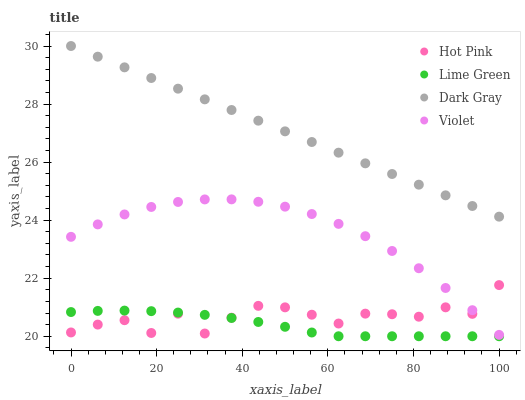
| xaxis_label | Hot Pink | Lime Green | Dark Gray | Violet |
 | --- | --- | --- | --- | --- |
 | 0 | 20.1 | 20.8 | 30 | 23.4 |
 | 6.25 | 20.4 | 20.9 | 29.6 | 23.9 |
 | 12.5 | 20.6 | 20.9 | 29.3 | 24.2 |
 | 18.8 | 20.1 | 20.9 | 28.9 | 24.5 |
 | 25 | 20.8 | 20.8 | 28.5 | 24.6 |
 | 31.2 | 20.1 | 20.7 | 28.2 | 24.7 |
 | 37.5 | 20.6 | 20.6 | 27.8 | 24.7 |
 | 43.8 | 21 | 20.5 | 27.4 | 24.6 |
 | 50 | 21 | 20.3 | 27.1 | 24.5 |
 | 56.2 | 20.7 | 20.1 | 26.7 | 24.2 |
 | 62.5 | 20.4 | 20 | 26.3 | 23.9 |
 | 68.8 | 20.8 | 20 | 26 | 23.4 |
 | 75 | 20.8 | 20 | 25.6 | 22.9 |
 | 81.2 | 20.7 | 20 | 25.2 | 22.3 |
 | 87.5 | 21 | 20 | 24.9 | 21.7 |
 | 93.8 | 20.8 | 20 | 24.5 | 20.9 |
 | 100 | 21.8 | 20 | 24.1 | 20 |